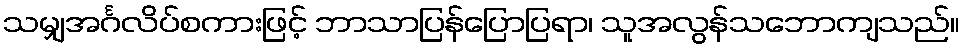
သမျှအင်္ဂလိပ်စကားဖြင့် ဘာသာပြန်ပြောပြရာ၊ သူအလွန်သဘောကျသည်။